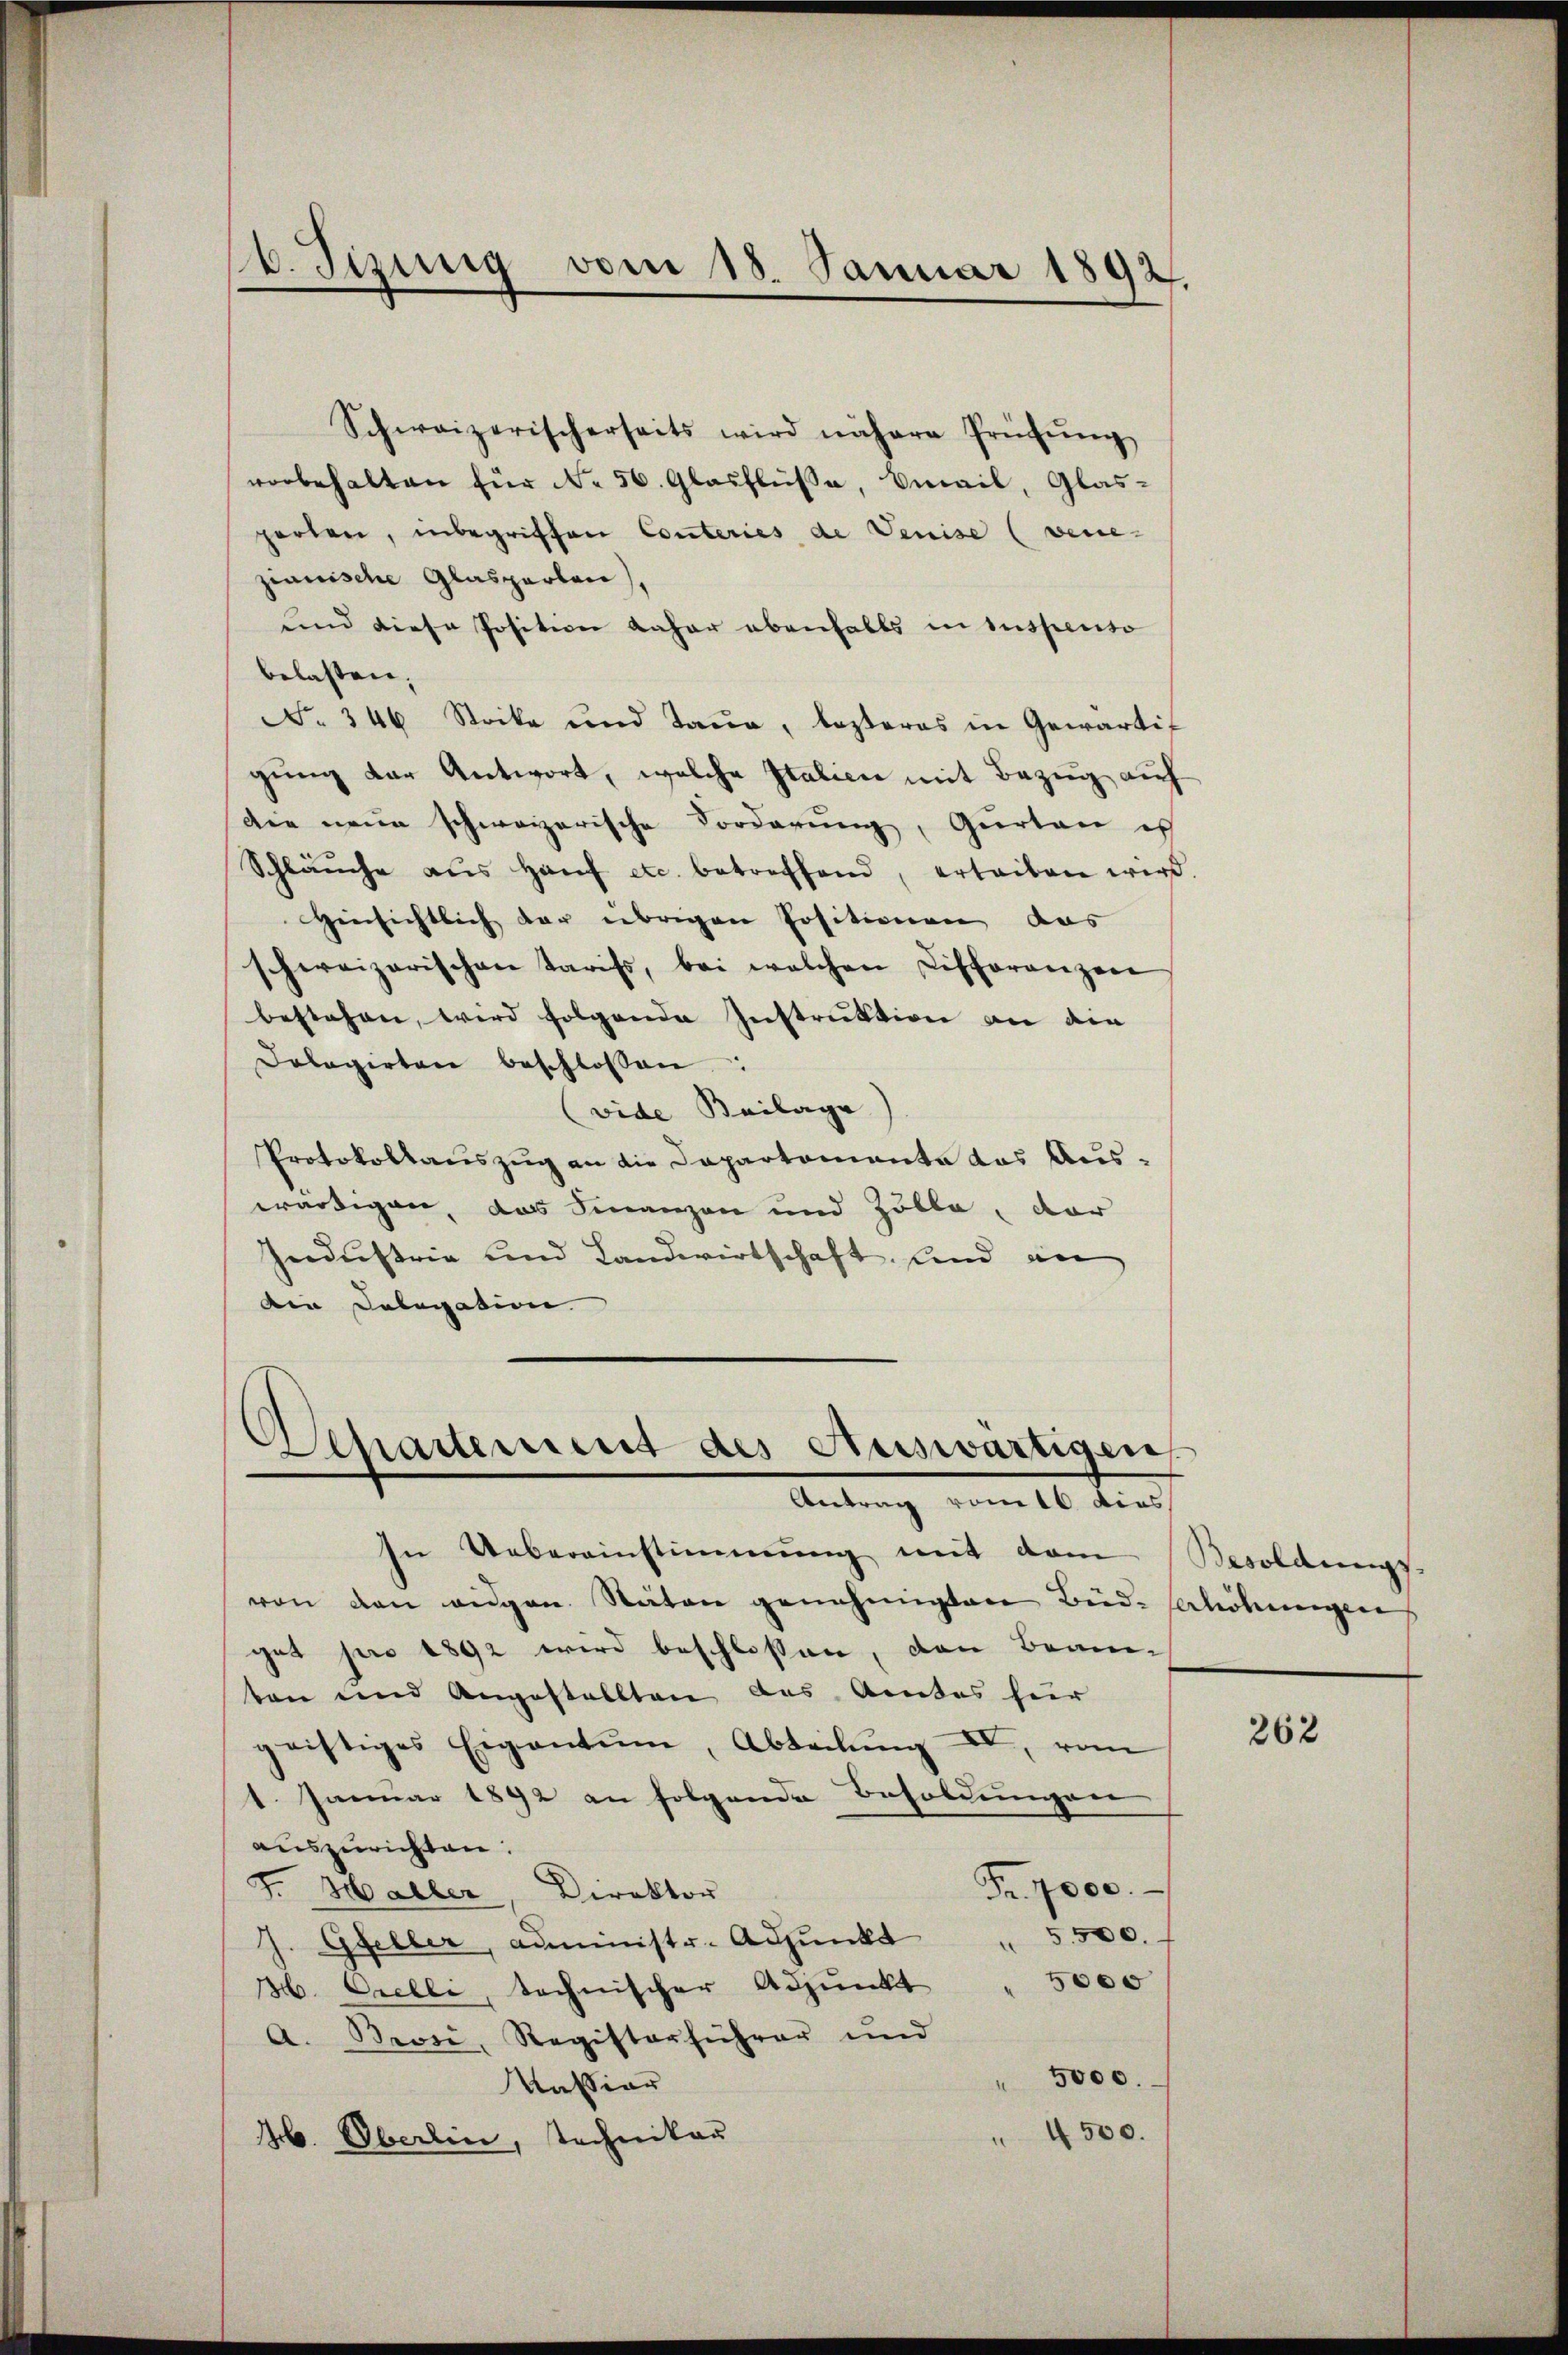
. Jizung vom 18. Januar 1892.

Schweizerischerseits wird nähere Prüfŭng
vorbehalten für No. 56. Glasflüsse, Email, Glas-
parten, inbegriffen Conteries de Venise (venezianische Glasparten),
und diese Position daher ebenfalls in suspenso
belasten,
No 346 Stocke und Taue, lezteres in Gewärtigŭng der Antwort, welche Italicie mit Bezug auf
Die neue schweizerische Forderung, Gurten is
Schläŭche aus Haŭf etc. betreffend, erleiben wird.
Hinsichtlich der übrigen Positionen das
schweizerischen Tarifs, bei welchen Differenzen
bestehen, wird folgende Instruktion an die
Dologirten beschlossen:
vide Beilage
Protokollauszug an die Departemente das Aus-
wärtigen, das Finanzen und Zölle, dar
Industrie und Landwirtschaft, und in
Die Delegation

.
Apartement des Auswärtigen
Antrag vom 16 dies

In Uebereinstimmung mit dem Besoldungs-
von den angen Stäten genehmigten Bud-Verhöhungen
get pro 1892 wird beschloßen, den Beam-
ten und Angestellten das Amtes hier
geistiges Eigentum, Abteilung IV, vom
1. Januar 1892 an folgende Besoldungen
auszurichten.
Fr. 7000.
F. Haller, Direktor
5500.
J. Gfeller, Administr. Adjunkt
5000
H. Orelli, technischer Adjunkt
A. Brosi, Registerführer und
5000.
Kassiar
4500.
M. Oberlin, Technikan

262